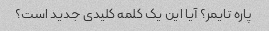
پاره تایمر؟ آیا این یک کلمه کلیدی جدید است؟